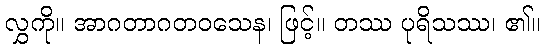
လွှကို။ အာဂတာဂတဝသေန၊ ဖြင့်။ တဿ ပုရိသဿ၊ ၏။